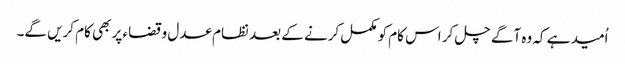
اُمید ہے کہ وہ آگے چل کر اس کام کو مکمل کرنے کے بعد نظام عدل وقضاء پر بھی کام کریں گے۔